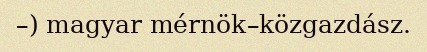
–) magyar mérnök–közgazdász.